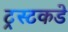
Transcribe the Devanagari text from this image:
ट्रस्टकडे